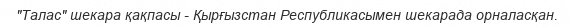
"Талас" шекара қақпасы - Қырғызстан Республикасымен шекарада орналасқан.